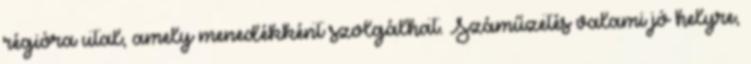
régióra utal, amely menedékként szolgálhat. Száműzetés valami jó helyre,